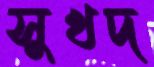
সুখদ